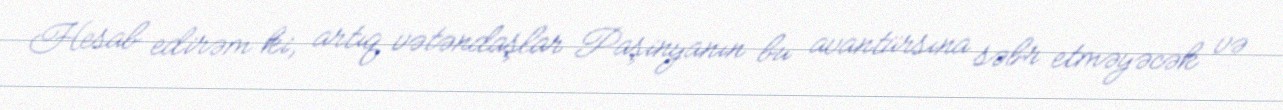
Hesab edirəm ki, artıq vətəndaşlar Paşinyanın bu avantürsına səbr etməyəcək və